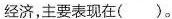
经济，主要表现在()。